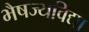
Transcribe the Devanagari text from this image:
भैषज्यविद्या